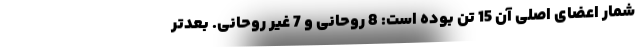
شمار اعضای اصلی آن 15 تن بوده است: 8 روحانی و 7 غیر روحانی. بعدتر